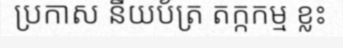
ប្រកាស នីយប័ត្រ តក្កកម្ម ខ្លះ